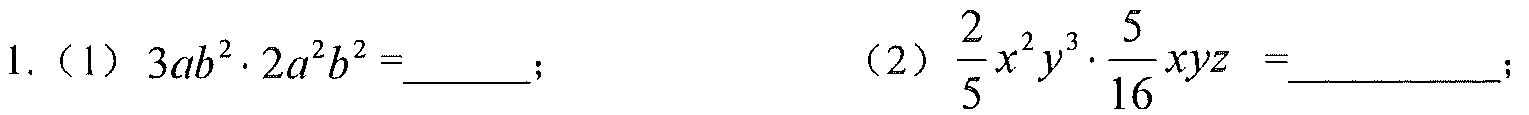
1.（1）\(3ab^{2}\cdot2a^{2}b^{2}=\underline{\quad\quad}\)； （2）\(\frac{2}{5}x^{2}y^{3}\cdot\frac{5}{16}xyz=\underline{\quad\quad}\)；